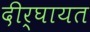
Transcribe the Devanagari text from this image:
दीर्घायत